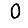
Digit: 0